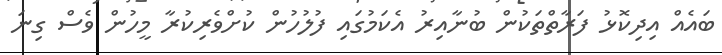
ބައެއް އިދިކޮޅު ފަރާތްތަކުން ބުނާއިރު އެކަމުގައި ފުލުހުން ކުށްވެރިކުރާ މީހުން ވެސް ގިނަ